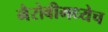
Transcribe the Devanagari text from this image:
नैरोबीमध्येच